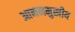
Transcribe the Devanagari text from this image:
आननमुखीय